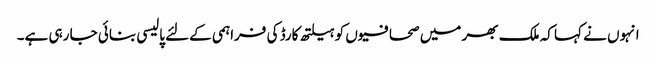
انہوں نے کہا کہ ملک بھر میں صحافیوں کو ہیلتھ کارڈ کی فراہمی کےلئے پالیسی بنائی جا رہی ہے۔